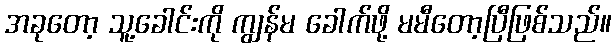
အခုတော့ သူ့ခေါင်းကို ကျွန်မ ခေါက်ဖို့ မမီတော့ပြီဖြစ်သည်။